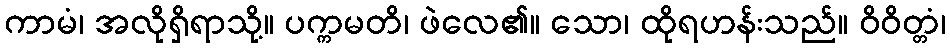
ကာမံ၊ အလိုရှိရာသို့။ ပက္ကမတိ၊ ဖဲလေ၏။ သော၊ ထိုရဟန်းသည်။ ဝိဝိတ္တံ၊